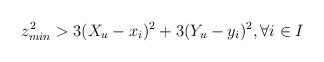
LaTeX: \begin{align*}z^2_{min}>3(X_u-x_i)^2+3(Y_u-y_i)^2,\forall i\in I~~~~~~~~~~~~~\end{align*}